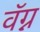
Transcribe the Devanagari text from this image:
वॅग्न